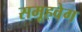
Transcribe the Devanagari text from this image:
समूहवेग